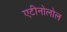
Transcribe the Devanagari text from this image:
एटीनोलोल